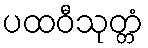
ပထဝီသုတ္တံ